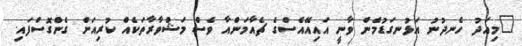
"މިއަދު ހެނދުނު އަޅުނގަޑުމެން ވާނީ އައިއޭއެސްގެ ޗެއާމަންއާ ވެސް މަޝްވާރާތަކެއް ކުރިއަށް ގެންގޮސްފައި.